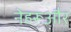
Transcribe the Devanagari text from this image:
नेहरूऔर